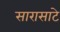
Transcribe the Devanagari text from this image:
सारासाटे